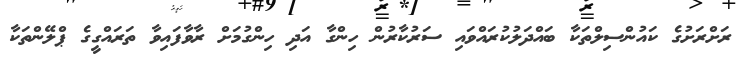
ރަށްރަށުގެ ކައުންސިލްތަކާ ބައްދަލުކުރައްވައި ސަރުކާރުން ހިންގާ އަދި ހިންގުމަށް ރާވާފައިވާ ތަރައްގީގެ ޕްލޭންތަކާ